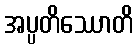
အပ္ပတိဿောတိ